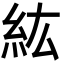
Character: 紘